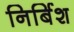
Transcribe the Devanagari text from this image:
निर्बिश